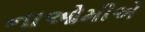
નાઓમીએ